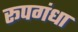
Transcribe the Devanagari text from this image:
रूपगंधा